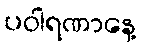
ပဝါရဏာနေ့